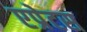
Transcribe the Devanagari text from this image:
एप्रेटस